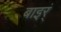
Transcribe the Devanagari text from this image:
बाइर्ं